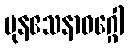
ပုနဧသနာဝဂ္ဂေါ